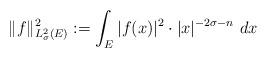
LaTeX: \begin{align*} \|f\|^2_{L^2_{\sigma}(E)}:= \int_E |f(x)|^2\cdot |x|^{-2\sigma - n}\ dx \end{align*}